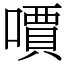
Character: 𠿪